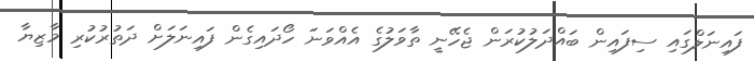
ފައިނަލްގައި ސިފައިން ބައްދަލުކުރަން ޖެހޭނީ ތާވަލުގެ އެއްވަނަ ހޯދައިގެން ފައިނަލަށް ދަތުރުކުރި މާޒިޔާ